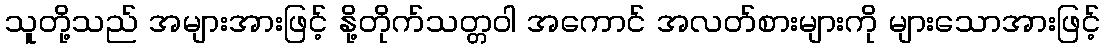
သူတို့သည် အများအားဖြင့် နို့တိုက်သတ္တဝါ အကောင် အလတ်စားများကို များသောအားဖြင့်